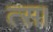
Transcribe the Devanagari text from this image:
त्स।